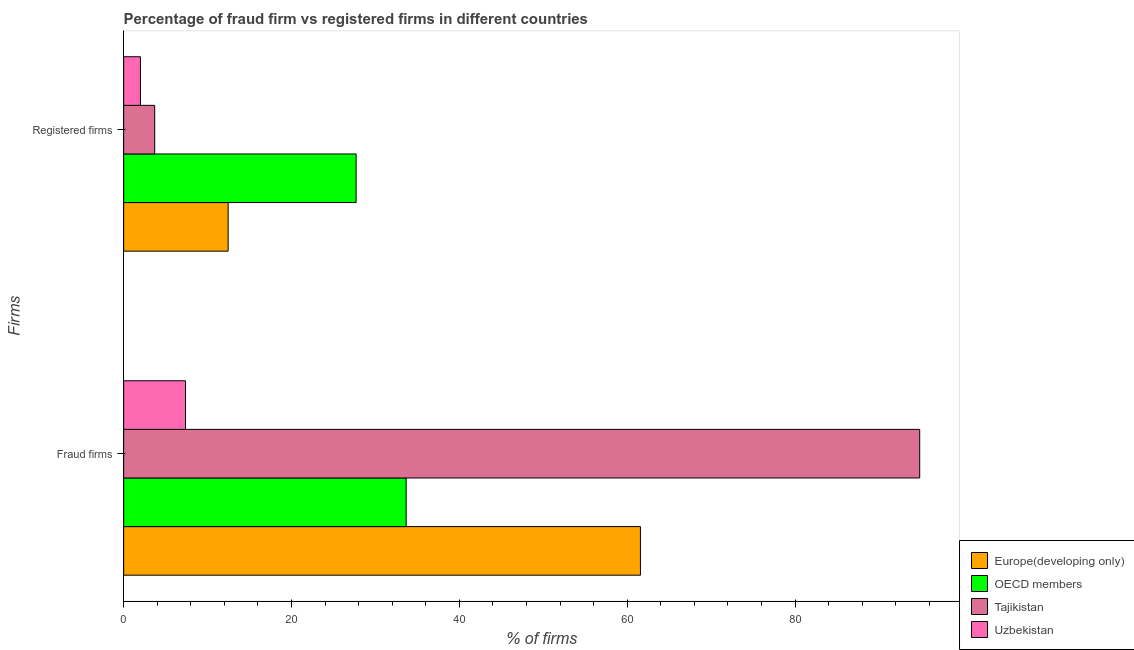
| Firms | Europe(developing only) | OECD members | Tajikistan | Uzbekistan |
 | --- | --- | --- | --- | --- |
 | Fraud firms | 61.6 | 33.7 | 94.8 | 7.37 |
 | Registered firms | 12.4 | 27.7 | 3.7 | 2 |